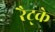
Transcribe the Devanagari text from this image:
रैट्के